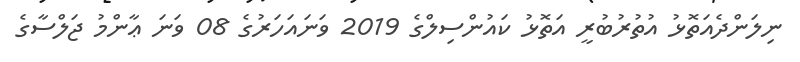
ނިލަންދެއަތޮޅު އުތުރުބުރީ އަތޮޅު ކައުންސިލްގެ 2019 ވަނައަހަރުގެ 08 ވަނަ ޢާންމު ޖަލްސާގެ